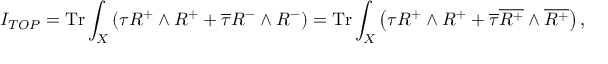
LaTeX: I _ { T O P } = \mathrm { T r } \int _ { X } \left( \tau R ^ { + } \wedge R ^ { + } + \overline { { \tau } } R ^ { - } \wedge R ^ { - } \right) = \mathrm { T r } \int _ { X } \left( \tau R ^ { + } \wedge R ^ { + } + \overline { { \tau } } \overline { { { R ^ { + } } } } \wedge \overline { { { R ^ { + } } } } \right) ,